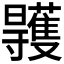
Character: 𣌏